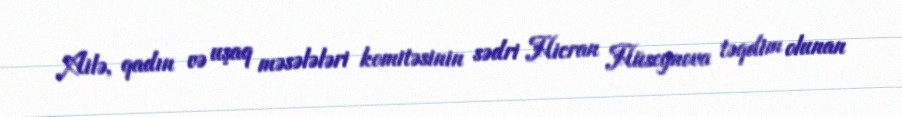
Ailə, qadın və uşaq məsələləri komitəsinin sədri Hicran Hüseynova təqdim olunan